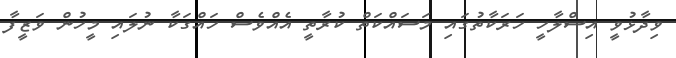
ވިދާޅުވީ އިސްލާހީ ހަރަކާތުގައި މަސައްކަތް ކުރާތީ އެއްވެސް ހައްގަކާ ނުލައި މީހުން ވަޒީފާ